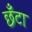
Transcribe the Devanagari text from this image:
छँटा